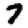
Digit: 7